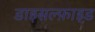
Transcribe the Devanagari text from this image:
डाइसल्फ़ाइ़ड